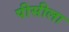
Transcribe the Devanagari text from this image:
पीसीला